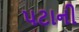
પટાની